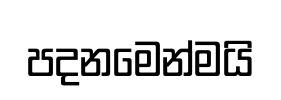
පදනමෙන්මයි